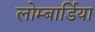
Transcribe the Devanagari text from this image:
लोम्बार्डिया